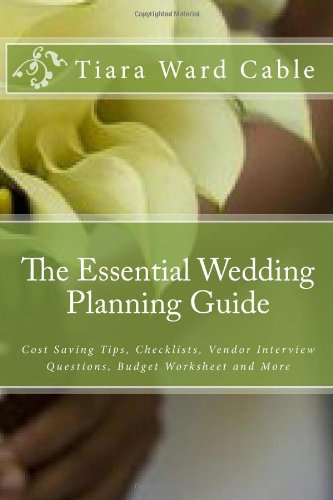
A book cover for The Essential Wedding Planning Guide: Cost Saving Tips, Checklists, Vendor Interview Questions, Budget Worksheet and More; Tiara Ward Cable; Crafts, Hobbies & Home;